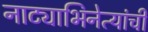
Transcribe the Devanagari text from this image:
नाट्याभिनेत्यांची